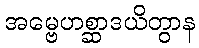
အမ္ဗေဟစ္ဆာဒယိတွာန